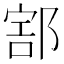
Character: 𨜱